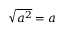
{ \sqrt { a ^ { 2 } } } = a